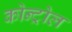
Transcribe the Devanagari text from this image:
कोन्ट्रोल